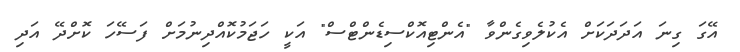
އޭގަ ގިނަ އަދަދަކަށް އެކުލެވިގެންވާ "އެންޓިއޮކްސިޑެންޓްސް" އަކީ ހަޖަމުކޮއްދިނުމަށް ފަސޭހަ ކޮށްދޭ އަދި